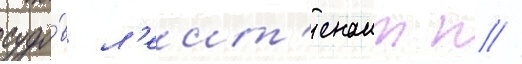
судо́в л'еит'енант п //